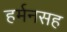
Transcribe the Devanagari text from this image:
हर्मनसह